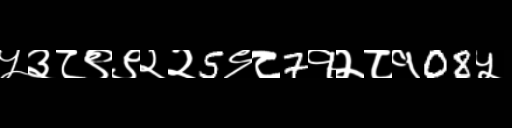
Text: ५३८९९२२5९८7१२८१08५